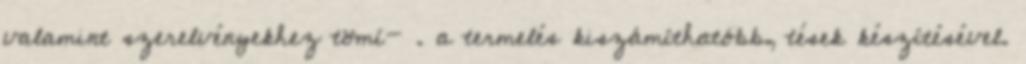
valamint szerelvényekhez tömí- . a termelés kiszámíthatóbb, tések készítésével.